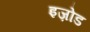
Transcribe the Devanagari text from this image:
इज़ोड